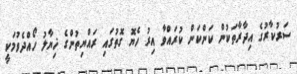
ސަރުކާރުގެ އިދާރާތަކުން ކަންކަން ކުރައްވާ އިރު ހެޔޮ ގޮތުގައި ރައްޔިތުންގެ ޚިޔާލު ހޯއްދެވުމަކީ